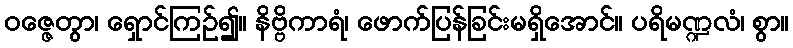
ဝဇ္ဇေတွာ၊ ရှောင်ကြဉ်၍။ နိဗ္ဗိကာရံ၊ ဖောက်ပြန်ခြင်းမရှိအောင်။ ပရိမဏ္ဍလံ၊ စွာ။